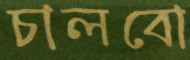
চালবো